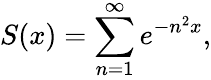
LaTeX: S(x)=\sum_{n=1}^{\infty}e^{-n^{2}x},